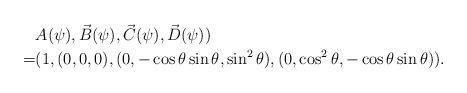
LaTeX: \begin{align*}&A(\psi),\vec{B}(\psi),\vec{C}(\psi),\vec{D}(\psi))\\=&(1,(0,0,0),(0,-\cos\theta\sin\theta,\sin^2\theta),(0,\cos^2\theta,-\cos\theta\sin\theta)).\end{align*}